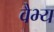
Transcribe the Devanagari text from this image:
वैभ्य